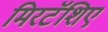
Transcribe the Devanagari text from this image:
मिरटॅशिए